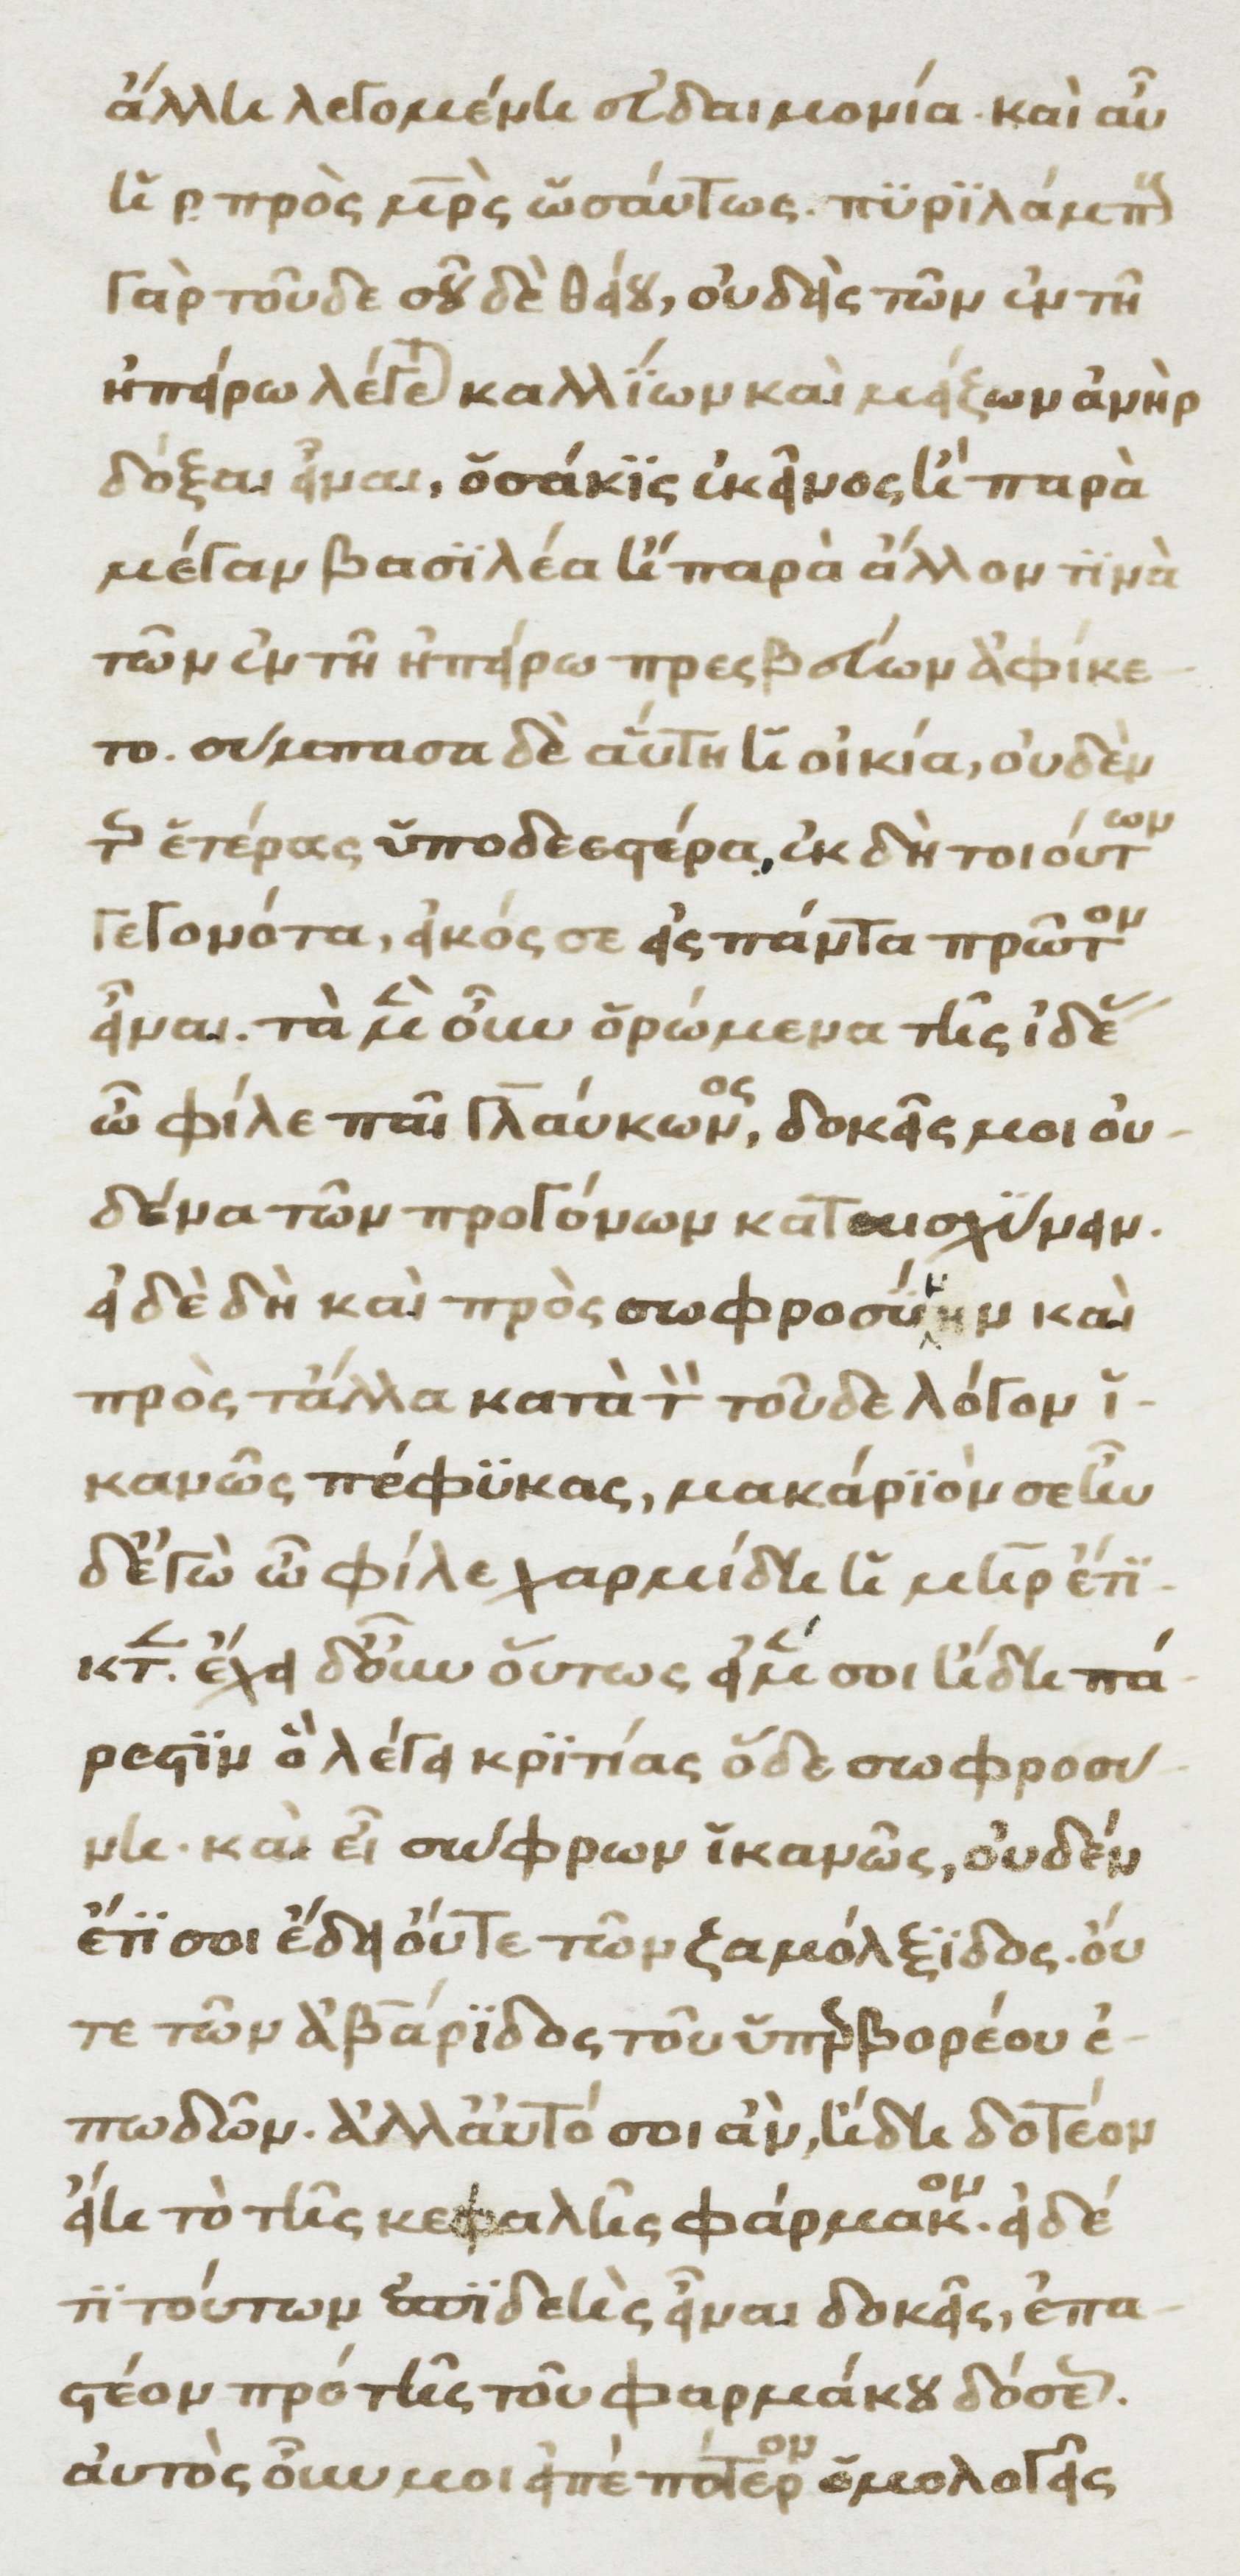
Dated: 1370–1430